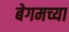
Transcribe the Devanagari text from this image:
बेगमच्या